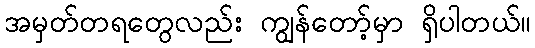
အမှတ်တရတွေလည်း ကျွန်တော့်မှာ ရှိပါတယ်။